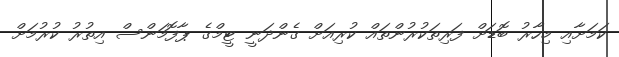
ކަމަށާއި މިހާރު ބޮޑަށް ފަރިތަކުރުންތައް ކުރިއަށް ގެންދަނީ ޓީމްގެ ޕާފޮމަންސް އިތުރު ކުރުމަށް